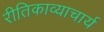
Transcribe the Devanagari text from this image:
रीतिकाव्याचार्य